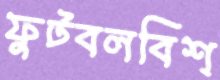
ফুটবলবিশ্